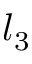
l _ { 3 }